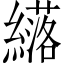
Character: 𫄈